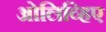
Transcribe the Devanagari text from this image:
ओलिव्हिए